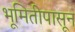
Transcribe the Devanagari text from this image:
भूमितीपासून